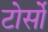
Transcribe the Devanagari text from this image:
टोर्सो